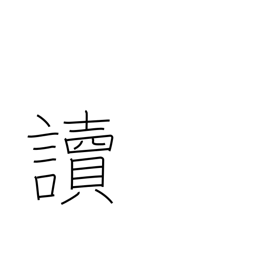
Meaning: pronounce